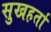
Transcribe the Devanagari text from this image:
सुखहर्ता